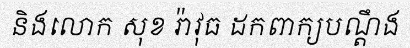
និងលោក សុខ រ៉ាវុធ ដកពាក្យបណ្តឹង